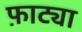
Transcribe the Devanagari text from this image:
फ़ाट्या